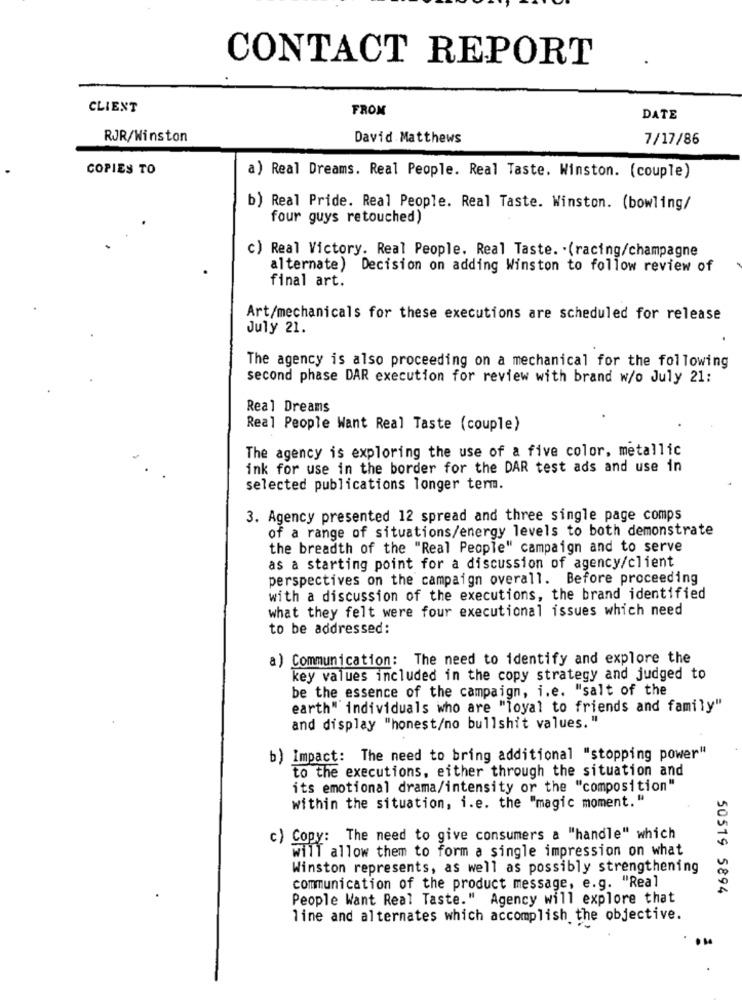
CONTACT REPORT
CLIENT
FROM
DATE
RJR/Winston
David Matthews
7/17/86
COPIES TO
a) Real Dreams. Real People. Real Taste. Winston. (couple)
b) Real Pride. Real People. Real Taste. Winston. (bowling/
four guys retouched)
c) Real Victory. Real People. Real Taste. . (racing/champagne
alternate) Decision on adding Winston to follow review of
final art.
Art/mechanicals for these executions are scheduled for release
July 21.
The agency is also proceeding on a mechanical for the following
second phase DAR execution for review with brand w/o July 21:
Real Dreams
Real People Want Real Taste (couple)
The agency is exploring the use of a five color, metallic
ink for use in the border for the DAR test ads and use in
selected publications longer term.
3. Agency presented 12 spread and three single page comps
of a range of situations/energy levels to both demonstrate
the breadth of the "Real People" campaign and to serve
as a starting point for a discussion of agency/client
perspectives on the campaign overall. Before proceeding
with a discussion of the executions, the brand identified
what they felt were four executional issues which need
to be addressed:
a) Communication: The need to identify and explore the
key values included in the copy strategy and judged to
be the essence of the campaign, i.e. "salt of the
earth" individuals who are "loyal to friends and family"
and display "honest/no bullshit values. "
b) Impact: The need to bring additional "stopping power"
to the executions, either through the situation and
its emotional drama/intensity or the "composition"
within the situation, i.e. the "magic moment. "
c) Copy: The need to give consumers a "handle" which
wilT allow them to form a single impression on what
Winston represents, as well as possibly strengthening
communication of the product message, e.g. "Real
50519 5894
People Want Real Taste." Agency will explore that
line and alternates which accomplish the objective.